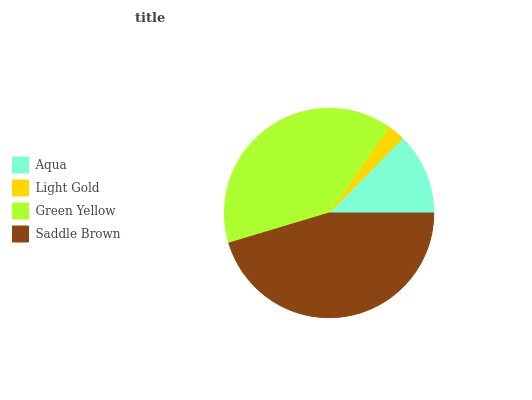
| Aqua | Light Gold | Green Yellow | Saddle Brown |
 | --- | --- | --- | --- |
 | 12.6% | 2.67% | 39.3% | 45.4% |